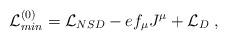
LaTeX: \begin{align*}{\cal L}_{min}^{(0)} = {\cal L}_{NSD} - e f_\mu J^\mu + {\cal L}_{D} \; ,\end{align*}